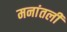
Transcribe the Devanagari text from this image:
मनांतली